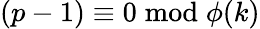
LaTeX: (p-1)\equiv 0{\bmod{\phi}}(k)